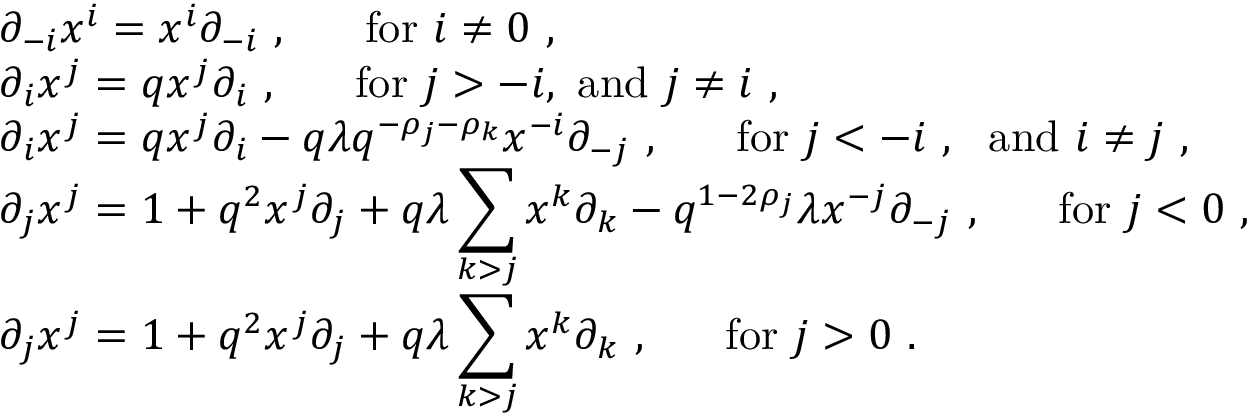
\begin{array} { l } { { \partial _ { - i } x ^ { i } = x ^ { i } \partial _ { - i } ~ , ~ ~ ~ ~ ~ \mathrm { f o r } ~ i \not = 0 ~ , } } \\ { { \partial _ { i } x ^ { j } = q x ^ { j } \partial _ { i } ~ , ~ ~ ~ ~ ~ \mathrm { f o r } ~ j > - i , ~ \mathrm { a n d } ~ j \not = i ~ , } } \\ { { \partial _ { i } x ^ { j } = q x ^ { j } \partial _ { i } - q \lambda q ^ { - \rho _ { j } - \rho _ { k } } x ^ { - i } \partial _ { - j } ~ , ~ ~ ~ ~ ~ \mathrm { f o r } ~ j < - i ~ , ~ ~ \mathrm { a n d } ~ i \not = j ~ , } } \\ { { \partial _ { j } x ^ { j } = 1 + q ^ { 2 } x ^ { j } \partial _ { j } + q \lambda \displaystyle \sum _ { k > j } x ^ { k } \partial _ { k } - q ^ { 1 - 2 \rho _ { j } } \lambda x ^ { - j } \partial _ { - j } ~ , ~ ~ ~ ~ ~ \mathrm { f o r } ~ j < 0 ~ , } } \\ { { \partial _ { j } x ^ { j } = 1 + q ^ { 2 } x ^ { j } \partial _ { j } + q \lambda \displaystyle \sum _ { k > j } x ^ { k } \partial _ { k } ~ , ~ ~ ~ ~ ~ \mathrm { f o r } ~ j > 0 ~ . } } \end{array}